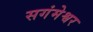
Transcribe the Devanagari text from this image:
सगंमेश्वर